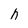
Character: h